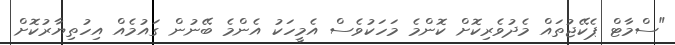
"ސްމާޓް ޕެކޭޖުތައް މެދުވެރިކޮށް ކޮންމެ މަހަކުވެސް އެމީހަކު އެންމެ ބޭނުން ގައުމެއް އިހުތިޔާރުކޮށް